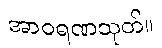
အာဝရဏသုတ်။